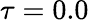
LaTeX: \tau=0.0